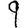
Digit: 9